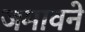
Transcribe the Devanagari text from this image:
जमावने